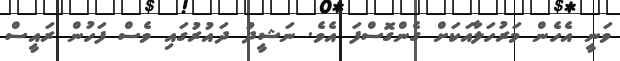
ވަނީ އެހެން މަރުހަލާއަކަށް ގެންގޮސްފަ އެވެ. ނަޝީދު ދައުރުގައި ވެސް ފަހުން ރައީސް